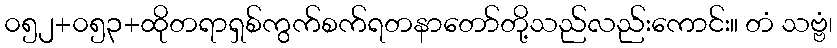
၀၅၂+၀၅၃+ထိုတရာရှစ်ကွက်စက်ရတနာတော်တို့သည်လည်းကောင်း။ တံ သဗ္ဗံ၊